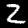
Digit: 2